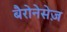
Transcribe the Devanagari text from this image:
बैरोनेसेज़